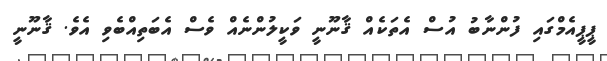
ޕީޕީއެމްގައި ފުންނާބު އުސް އެތަކެއް ޤާނޫނީ ވަކީލުންނެއް ވެސް އެބަތިއްބެވި އެވެ. ޤާނޫނީ